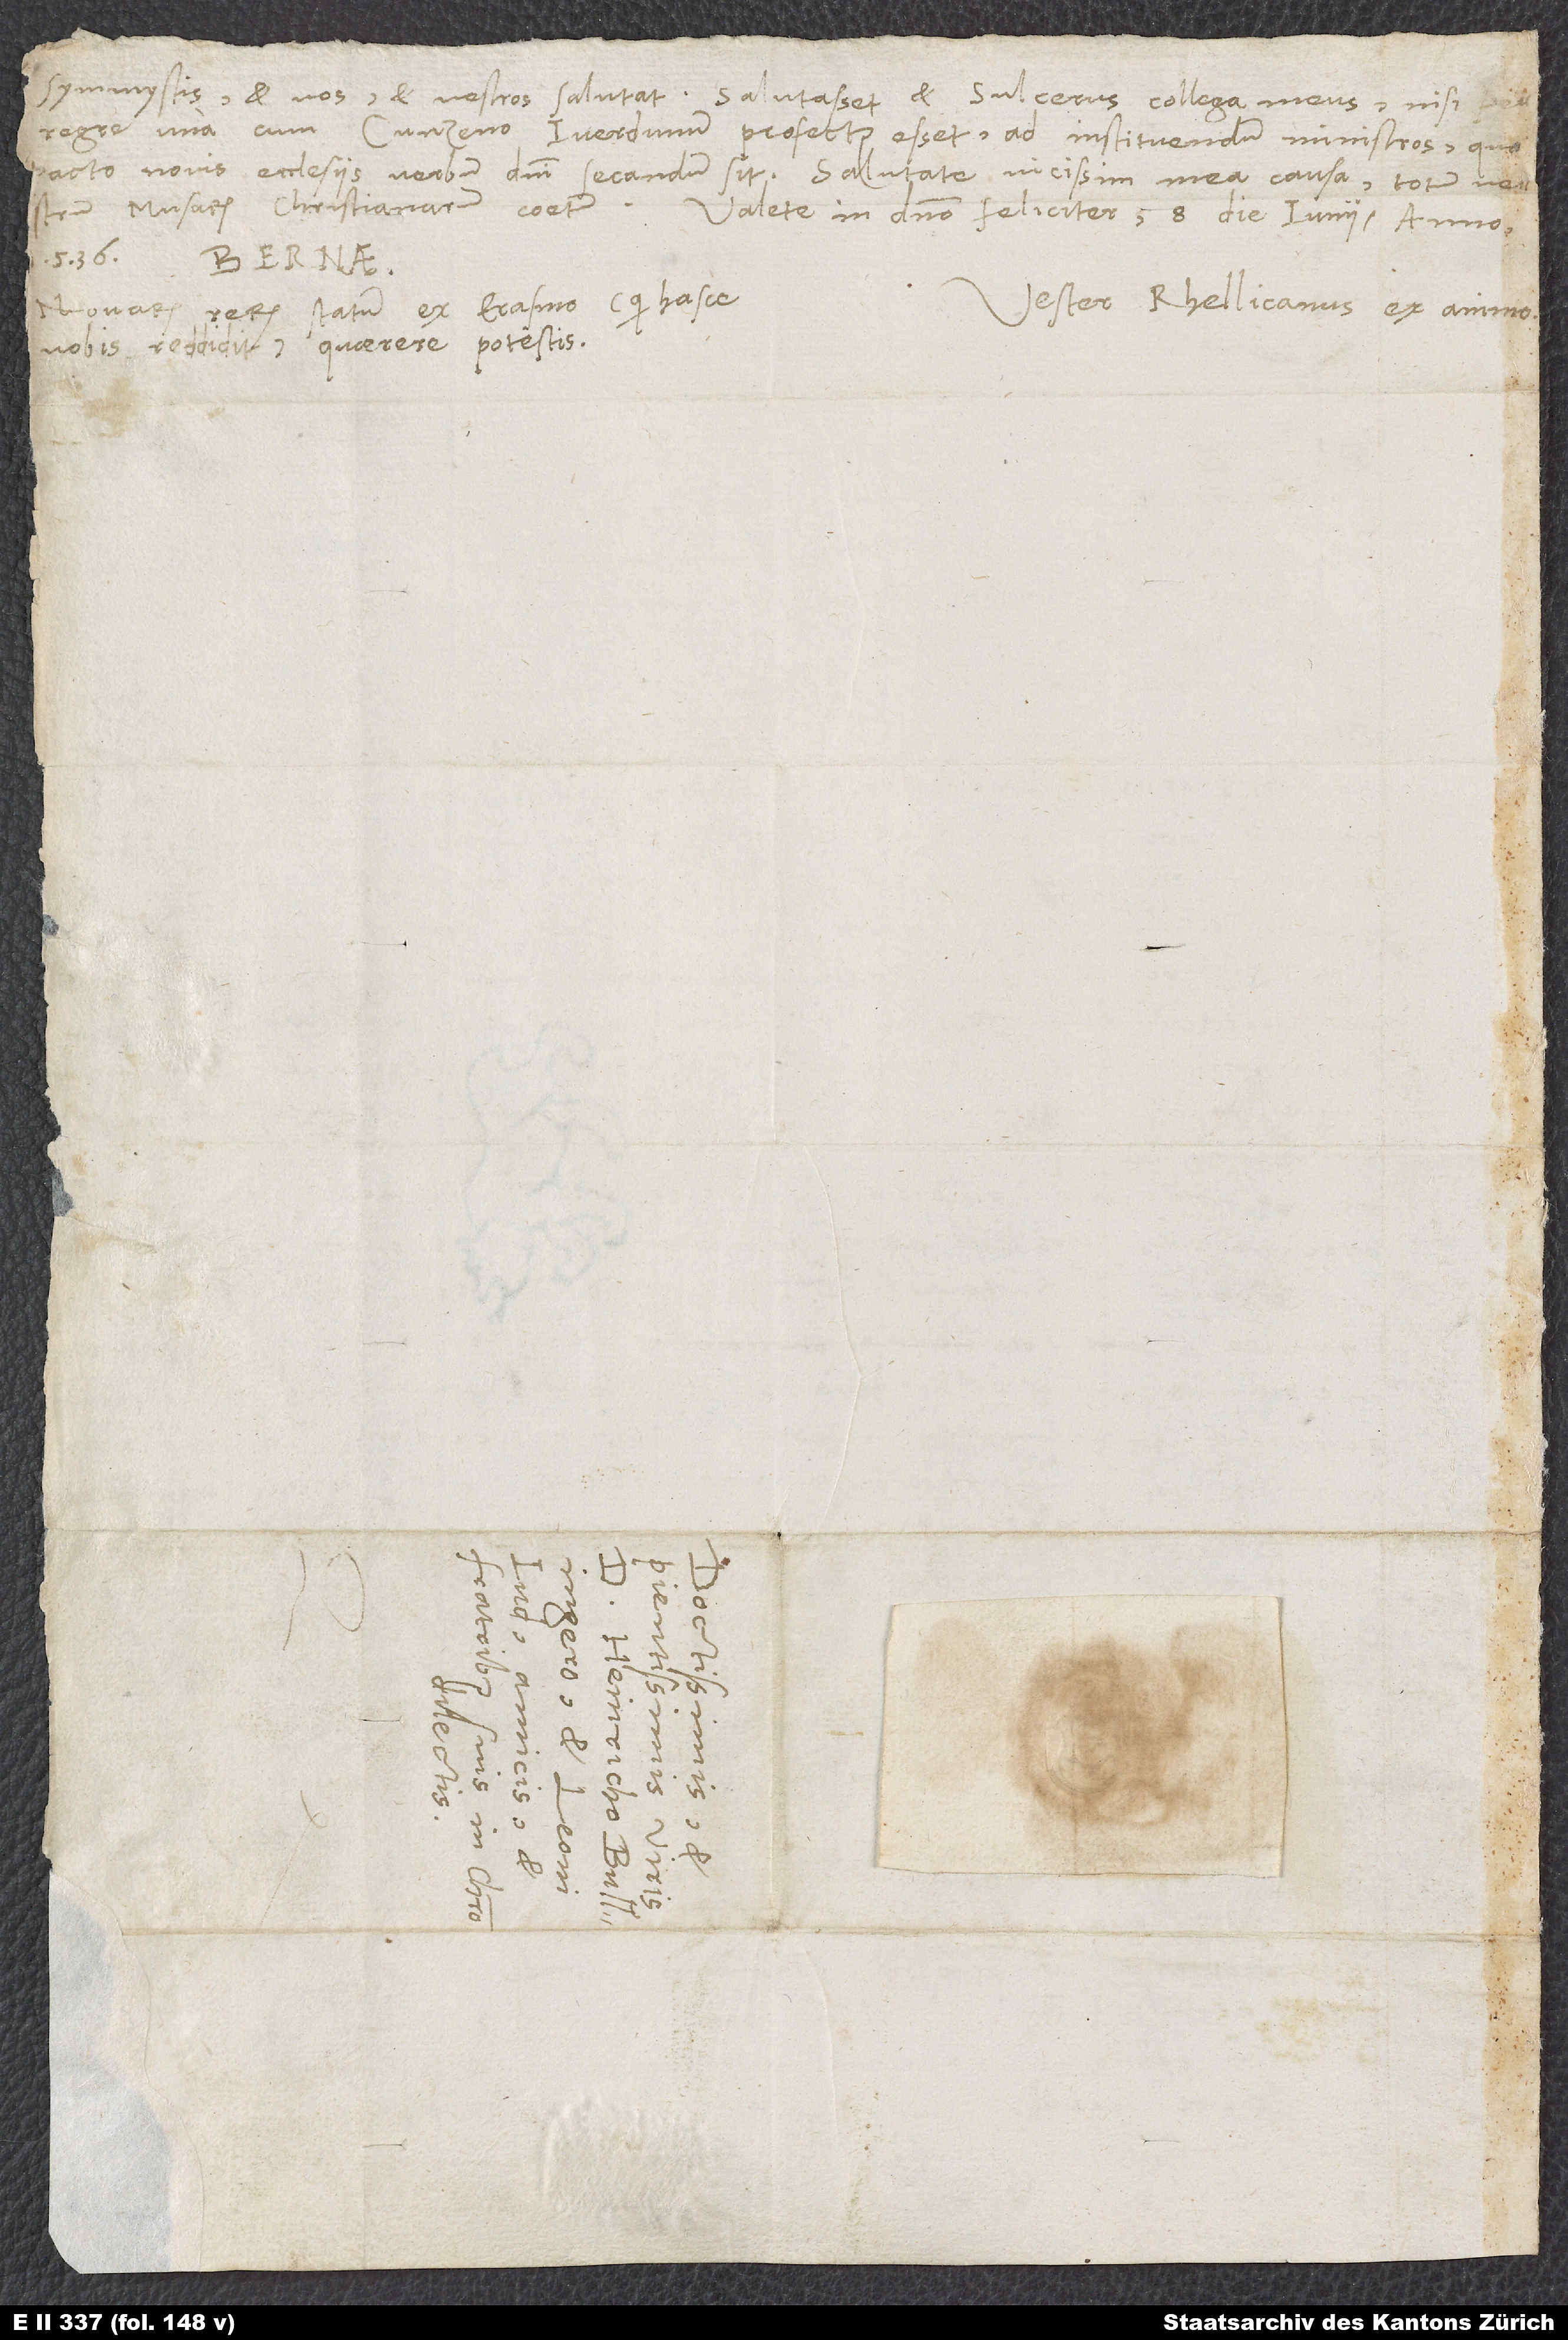
symmystis et vos et vestros salutat. Salutasset et Sulcerus, collega meus, nisi
peregre una cum Cunzeno Iverdunum profectus esset ad instituendum ministros, quo
pacto novis ecclesiis verbum domini secandum sit. Salutate vicissim mea causa totum vestrum
musarum christianarum coetum.
Valete in domino feliciter. 8. die iunii anno
Vester Rhellicanus ex animo.
Novarum rerum statum ex Erasmo (qui hasce
vobis reddidit) quaerere potestis.